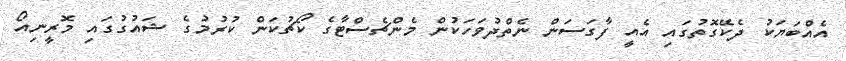
އެއްބަޔަކު ދެކޭގޮތުގައި އެއީ ފާގަސަން ނެތްދުވަހަކުން މެންޗެސްޓާގެ ކޯޗުކަން ކުރުމުގެ ޝައުގުގައި މޮރީނިއޯ